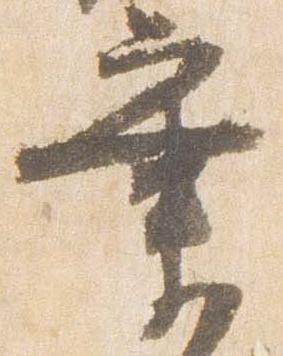
業